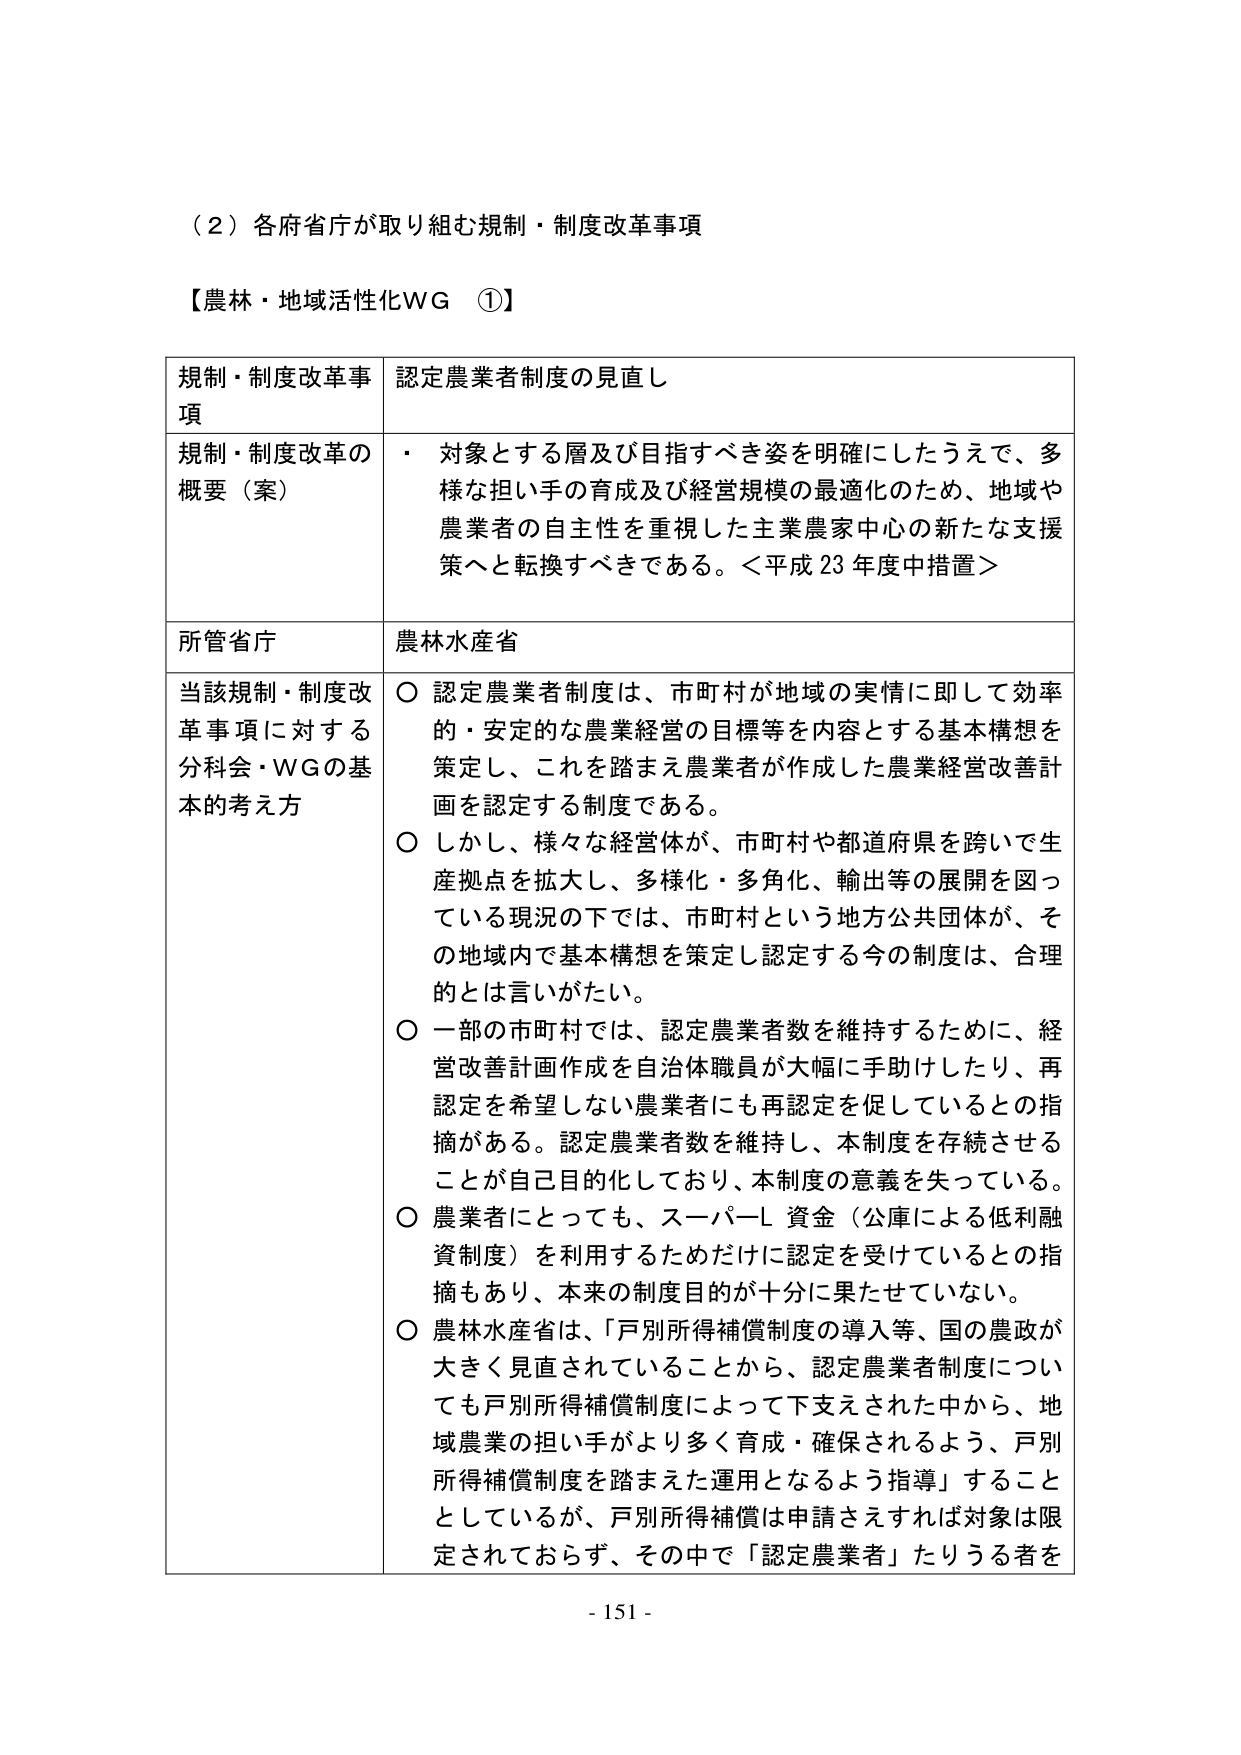
（２）各府省庁が取り組む規制・制度改革事項

【農林・地域活性化ＷＧ ①】

規制・制度改革事項 認定農業者制度の見直し

規制・制度改革の概要（案） ・ 対象とする層及び目指すべき姿を明確にしたうえで、多様な担い手の育成及び経営規模の最適化のため、地域や農業者の自主性を重視した主業農家中心の新たな支援策へと転換すべきである。＜平成23年度中措置＞

所管省庁 農林水産省

当該規制・制度改革事項に対する分科会・ＷＧの基本的考え方 ○ 認定農業者制度は、市町村が地域の実情に即して効率的・安定的な農業経営の目標等を内容とする基本構想を策定し、これを踏まえ農業者が作成した農業経営改善計画を認定する制度である。 ○ しかし、様々な経営体が、市町村や都道府県を跨いで生産拠点を拡大し、多様化・多角化、輸出等の展開を図っている現況の下では、市町村という地方公共団体が、その地域内で基本構想を策定し認定する今の制度は、合理的とは言いがたい。 ○ 一部の市町村では、認定農業者数を維持するために、経営改善計画作成を自治体職員が大幅に手助けしたり、再認定を希望しない農業者にも再認定を促しているとの指摘がある。認定農業者数を維持し、本制度を存続させることが自己目的化しており、本制度の意義を失っている。 ○ 農業者にとっても、スーパーレ資金（公庫による低利融資制度）を利用するためにだけに認定を受けているとの指摘もあり、本来の制度目的が十分に果たせていない。 ○ 農林水産省は、「戸別所得補償制度の導入等、国の農政が大きく見直されていることから、認定農業者制度についても戸別所得補償制度によって下支えされた中から、地域農業の担い手がより多く育成・確保されるよう、戸別所得補償制度を踏まえた運用となるよう指導」することとしているが、戸別所得補償は申請さえすれば対象は限定されておらず、その中で「認定農業者」たりうる者を

- 151 -